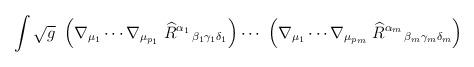
LaTeX: \begin{align*}\int \sqrt{g}\ \left( \nabla _{\mu _{1}}\cdots \nabla _{\mu _{p_{1}}}\left. \widehat{R}^{\alpha _{1}}\right. _{\beta _{1}\gamma _{1}\delta _{1}}\right)\cdots \ \left( \nabla _{\mu _{1}}\cdots \nabla _{\mu _{p_{m}}}\left. \widehat{R}^{\alpha _{m}}\right. _{\beta _{m}\gamma _{m}\delta _{m}}\right)\ \end{align*}